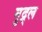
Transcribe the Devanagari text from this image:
मुद्र्ल